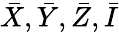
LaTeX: \bar{X},\bar{Y},\bar{Z},\bar{I}